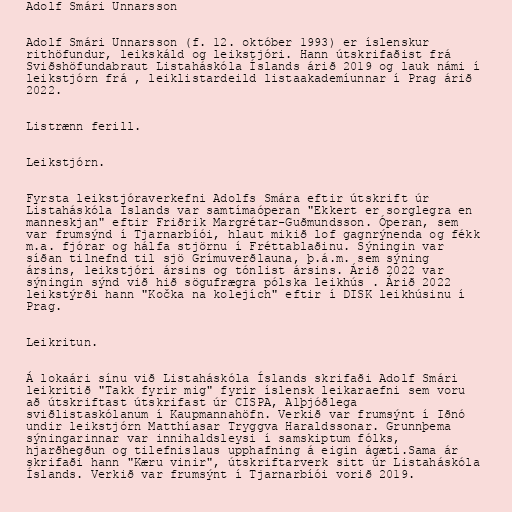
Adolf Smári Unnarsson

Adolf Smári Unnarsson (f. 12. október 1993) er íslenskur
rithöfundur, leikskáld og leikstjóri. Hann útskrifaðist frá
Sviðshöfundabraut Listaháskóla Íslands árið 2019 og lauk námi í
leikstjórn frá , leiklistardeild listaakademíunnar í Prag árið
2022.

Listrænn ferill.

Leikstjórn.

Fyrsta leikstjóraverkefni Adolfs Smára eftir útskrift úr
Listaháskóla Íslands var samtímaóperan "Ekkert er sorglegra en
manneskjan" eftir Friðrik Margrétar-Guðmundsson. Óperan, sem
var frumsýnd í Tjarnarbíói, hlaut mikið lof gagnrýnenda og fékk
m.a. fjórar og hálfa stjörnu í Fréttablaðinu. Sýningin var
síðan tilnefnd til sjö Grímuverðlauna, þ.á.m. sem sýning
ársins, leikstjóri ársins og tónlist ársins. Árið 2022 var
sýningin sýnd við hið sögufrægra pólska leikhús . Árið 2022
leikstýrði hann "Kočka na kolejích" eftir í DISK leikhúsinu í
Prag.

Leikritun.

Á lokaári sínu við Listaháskóla Íslands skrifaði Adolf Smári
leikritið "Takk fyrir mig" fyrir íslensk leikaraefni sem voru
að útskriftast útskrifast úr CISPA, Alþjóðlega
sviðlistaskólanum í Kaupmannahöfn. Verkið var frumsýnt í Iðnó
undir leikstjórn Matthíasar Tryggva Haraldssonar. Grunnþema
sýningarinnar var innihaldsleysi í samskiptum fólks,
hjarðhegðun og tilefnislaus upphafning á eigin ágæti.Sama ár
skrifaði hann "Kæru vinir", útskriftarverk sitt úr Listaháskóla
Íslands. Verkið var frumsýnt í Tjarnarbíói vorið 2019.